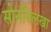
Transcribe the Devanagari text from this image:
सोनचिलखा